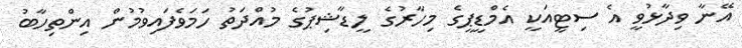
އޭނާ ވިދާޅުވީ އެ ސިޓީއަކީ އެމްޑީޕީގެ މިހާރުގެ ލީޑާޝިޕުގެ މުއްދަތު ހަމަވެފައިވުމުން އިންތިހާބު